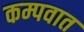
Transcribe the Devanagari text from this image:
कम्पवात